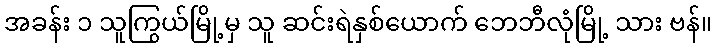
အခန်း ၁ သူကြွယ်မြို့မှ သူ ဆင်းရဲနှစ်ယောက် ဘေဘီလုံမြို့ သား ဗန်။